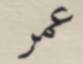
عمر